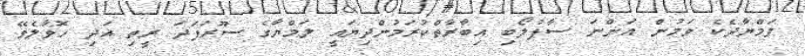
ލަމްޔާދެކެ ވަމުން އަންނަ ސާފުލޯބި އިބާރާތްކުރަމުންދިޔައީ ލަމްޔާގެ ސޫރަފަދަ ރީތި އަދި ހޮވާލެވޭ